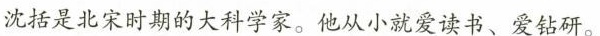
沈括是北宋时期的大科学家。他从小就爱读书、爱钻研。